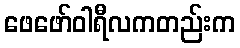
ဖေဖော်ဝါရီလကတည်းက